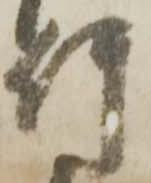
竹